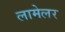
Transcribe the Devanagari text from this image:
लामेलर